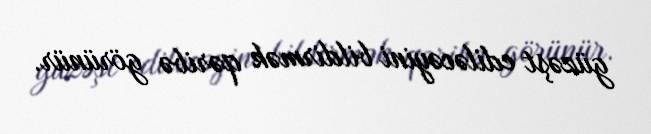
güzəşt ediləcəyini bildirmək qəribə görünür.